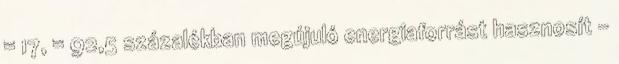
= 17, = 92,5 százalékban megújuló energiaforrást hasznosít –